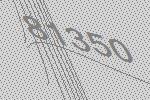
81350